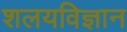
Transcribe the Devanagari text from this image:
शलयविज्ञान